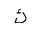
Letter: _kaf